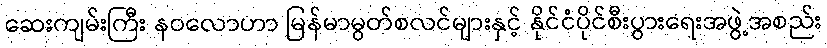
ဆေးကျမ်းကြီး နဝလောဟာ မြန်မာမွတ်စလင်များနှင့် နိုင်ငံပိုင်စီးပွားရေးအဖွဲ့အစည်း